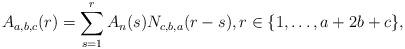
LaTeX: \begin{align*}A_{a,b,c}(r)=\sum_{s=1}^{r} A_n(s)N_{c,b,a}(r-s),r\in\{1,\dots,a+2b+c\},\end{align*}